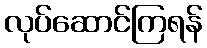
လုပ်ဆောင်ကြရန်